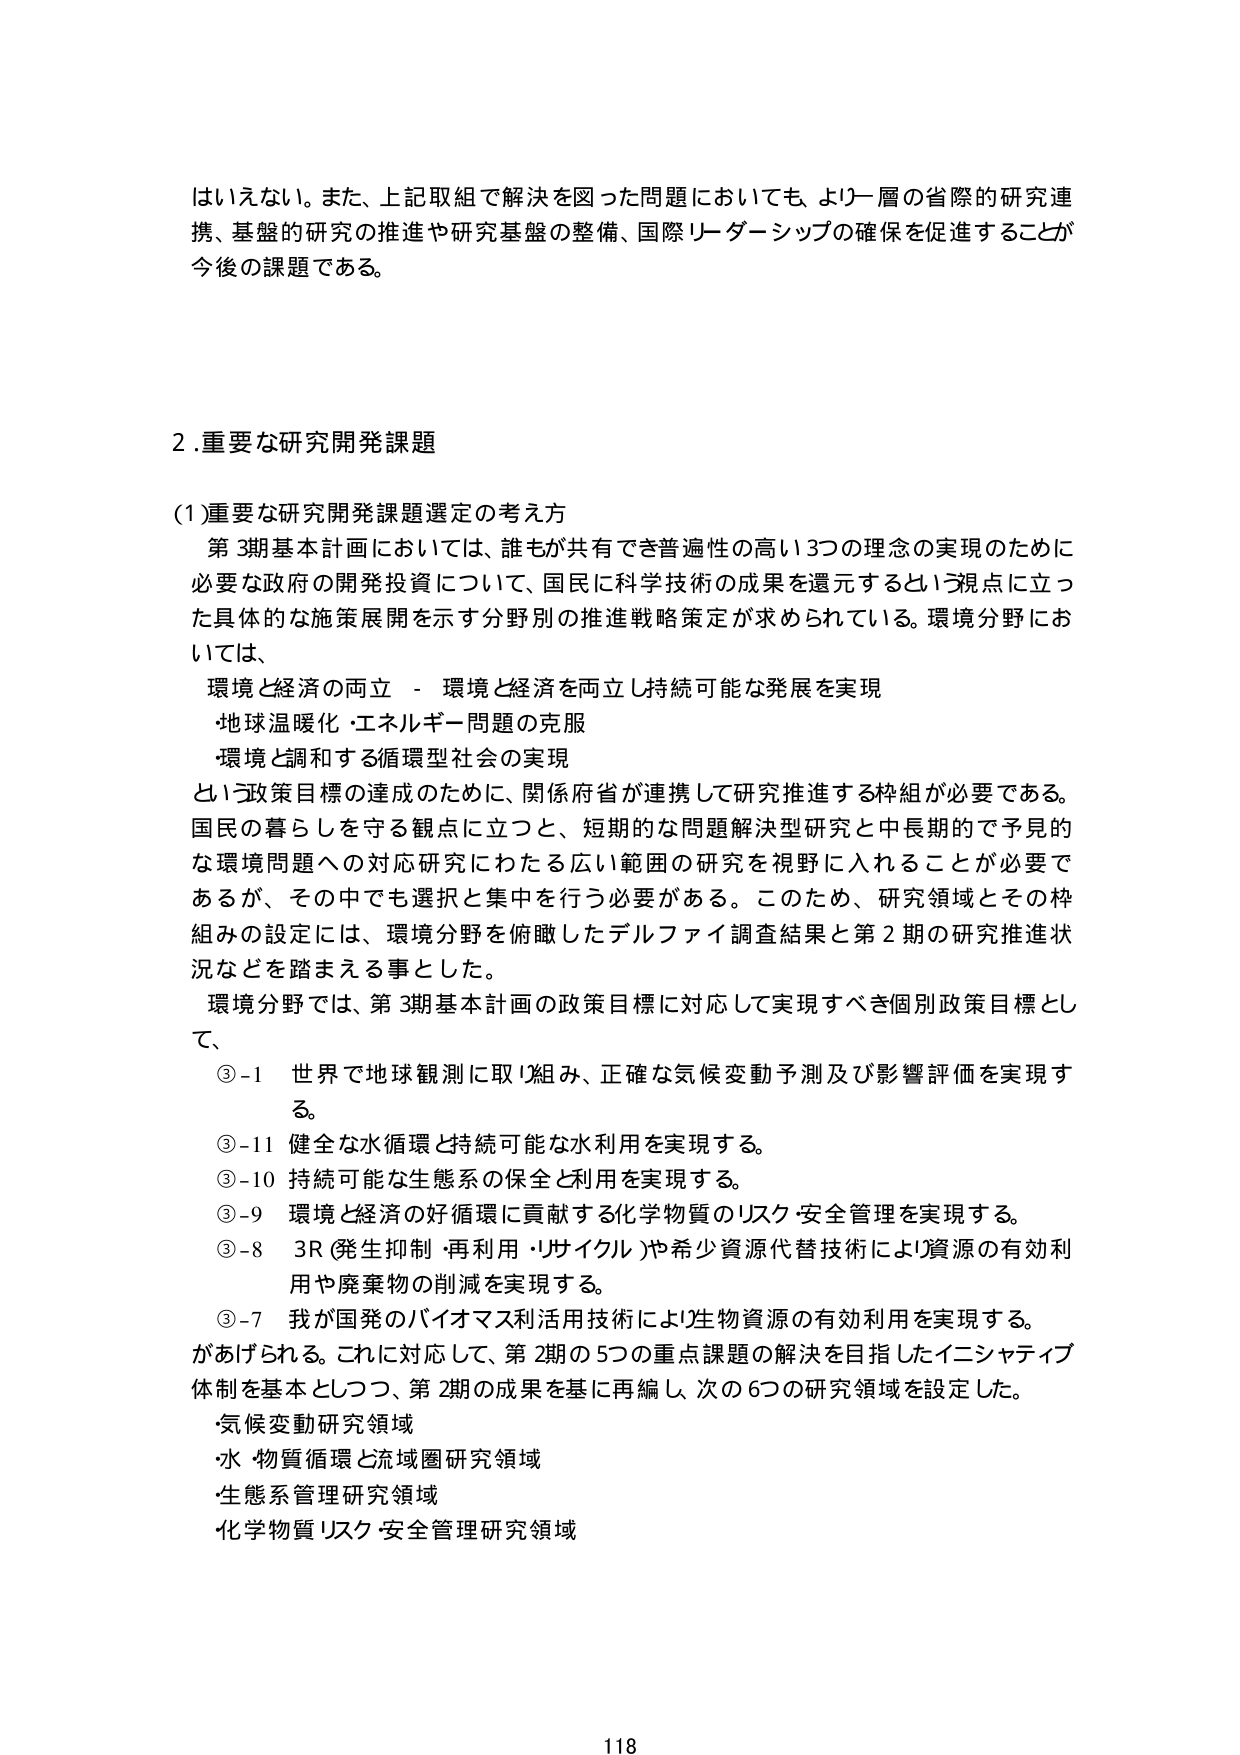
はいえない。また、上記取組で解決を図った問題においても、より一層の省際的研究連携、基盤の研究の推進や研究基盤の整備、国際リーダーシップの確保を促進することが今後の課題である。

2.重要な研究開発課題

(1)重要な研究開発課題選定の考え方
第3期基本計画においては、誰もが共有でき普遍性の高い3つの理念の実現のために必要な政府の開発投資について、国民に科学技術の成果を還元するという視点に立った具体的な施策展開を示す分野別の推進戦略策定が求められている。環境分野においては、
環境と経済の両立 - 環境と経済を両立し持続可能な発展を実現
・地球温暖化・エネルギー問題の克服
・環境と調和する循環型社会の実現
という政策目標の達成のために、関係府省が連携して研究推進する枠組が必要である。国民の暮らしを守る観点に立つと、短期的な問題解決型研究と中長期的で予見的な環境問題への対応研究にわたる広い範囲の研究を視野に入れることができが必要であるが、その中でも選択と集中を行う必要がある。このため、研究領域とその枠組みの設定には、環境分野を俯瞰したデルファイ調査結果と第2期の研究推進状況などを踏まえる事とした。
環境分野では、第3期基本計画の政策目標に対応して実現すべき個別政策目標として、
③-1 世界で地球観測に取り組み、正確な気候変動予測及び影響評価を実現する。
③-11 健全な水循環と持続可能な水利用を実現する。
③-10 持続可能な生態系の保全と利用を実現する。
③-9 環境と経済の好循環に貢献する化学物質のリスク安全管理を実現する。
③-8 3R（発生抑制・再利用・リサイクル）や希少資源代替技術により資源の有効利用や廃棄物の削減を実現する。
③-7 我が国発のバイオマス利用技術により生物資源の有効利用を実現する。
があげられる。これに対応して、第2期の5つの重点課題の解決を目指したイニシアティブ体制を基本としつつ、第2期の成果を基に再編し、次の6つの研究領域を設定した。
・気候変動研究領域
・水・物質循環と流域圏研究領域
・生態系管理研究領域
・化学物質リスク安全管理研究領域

118